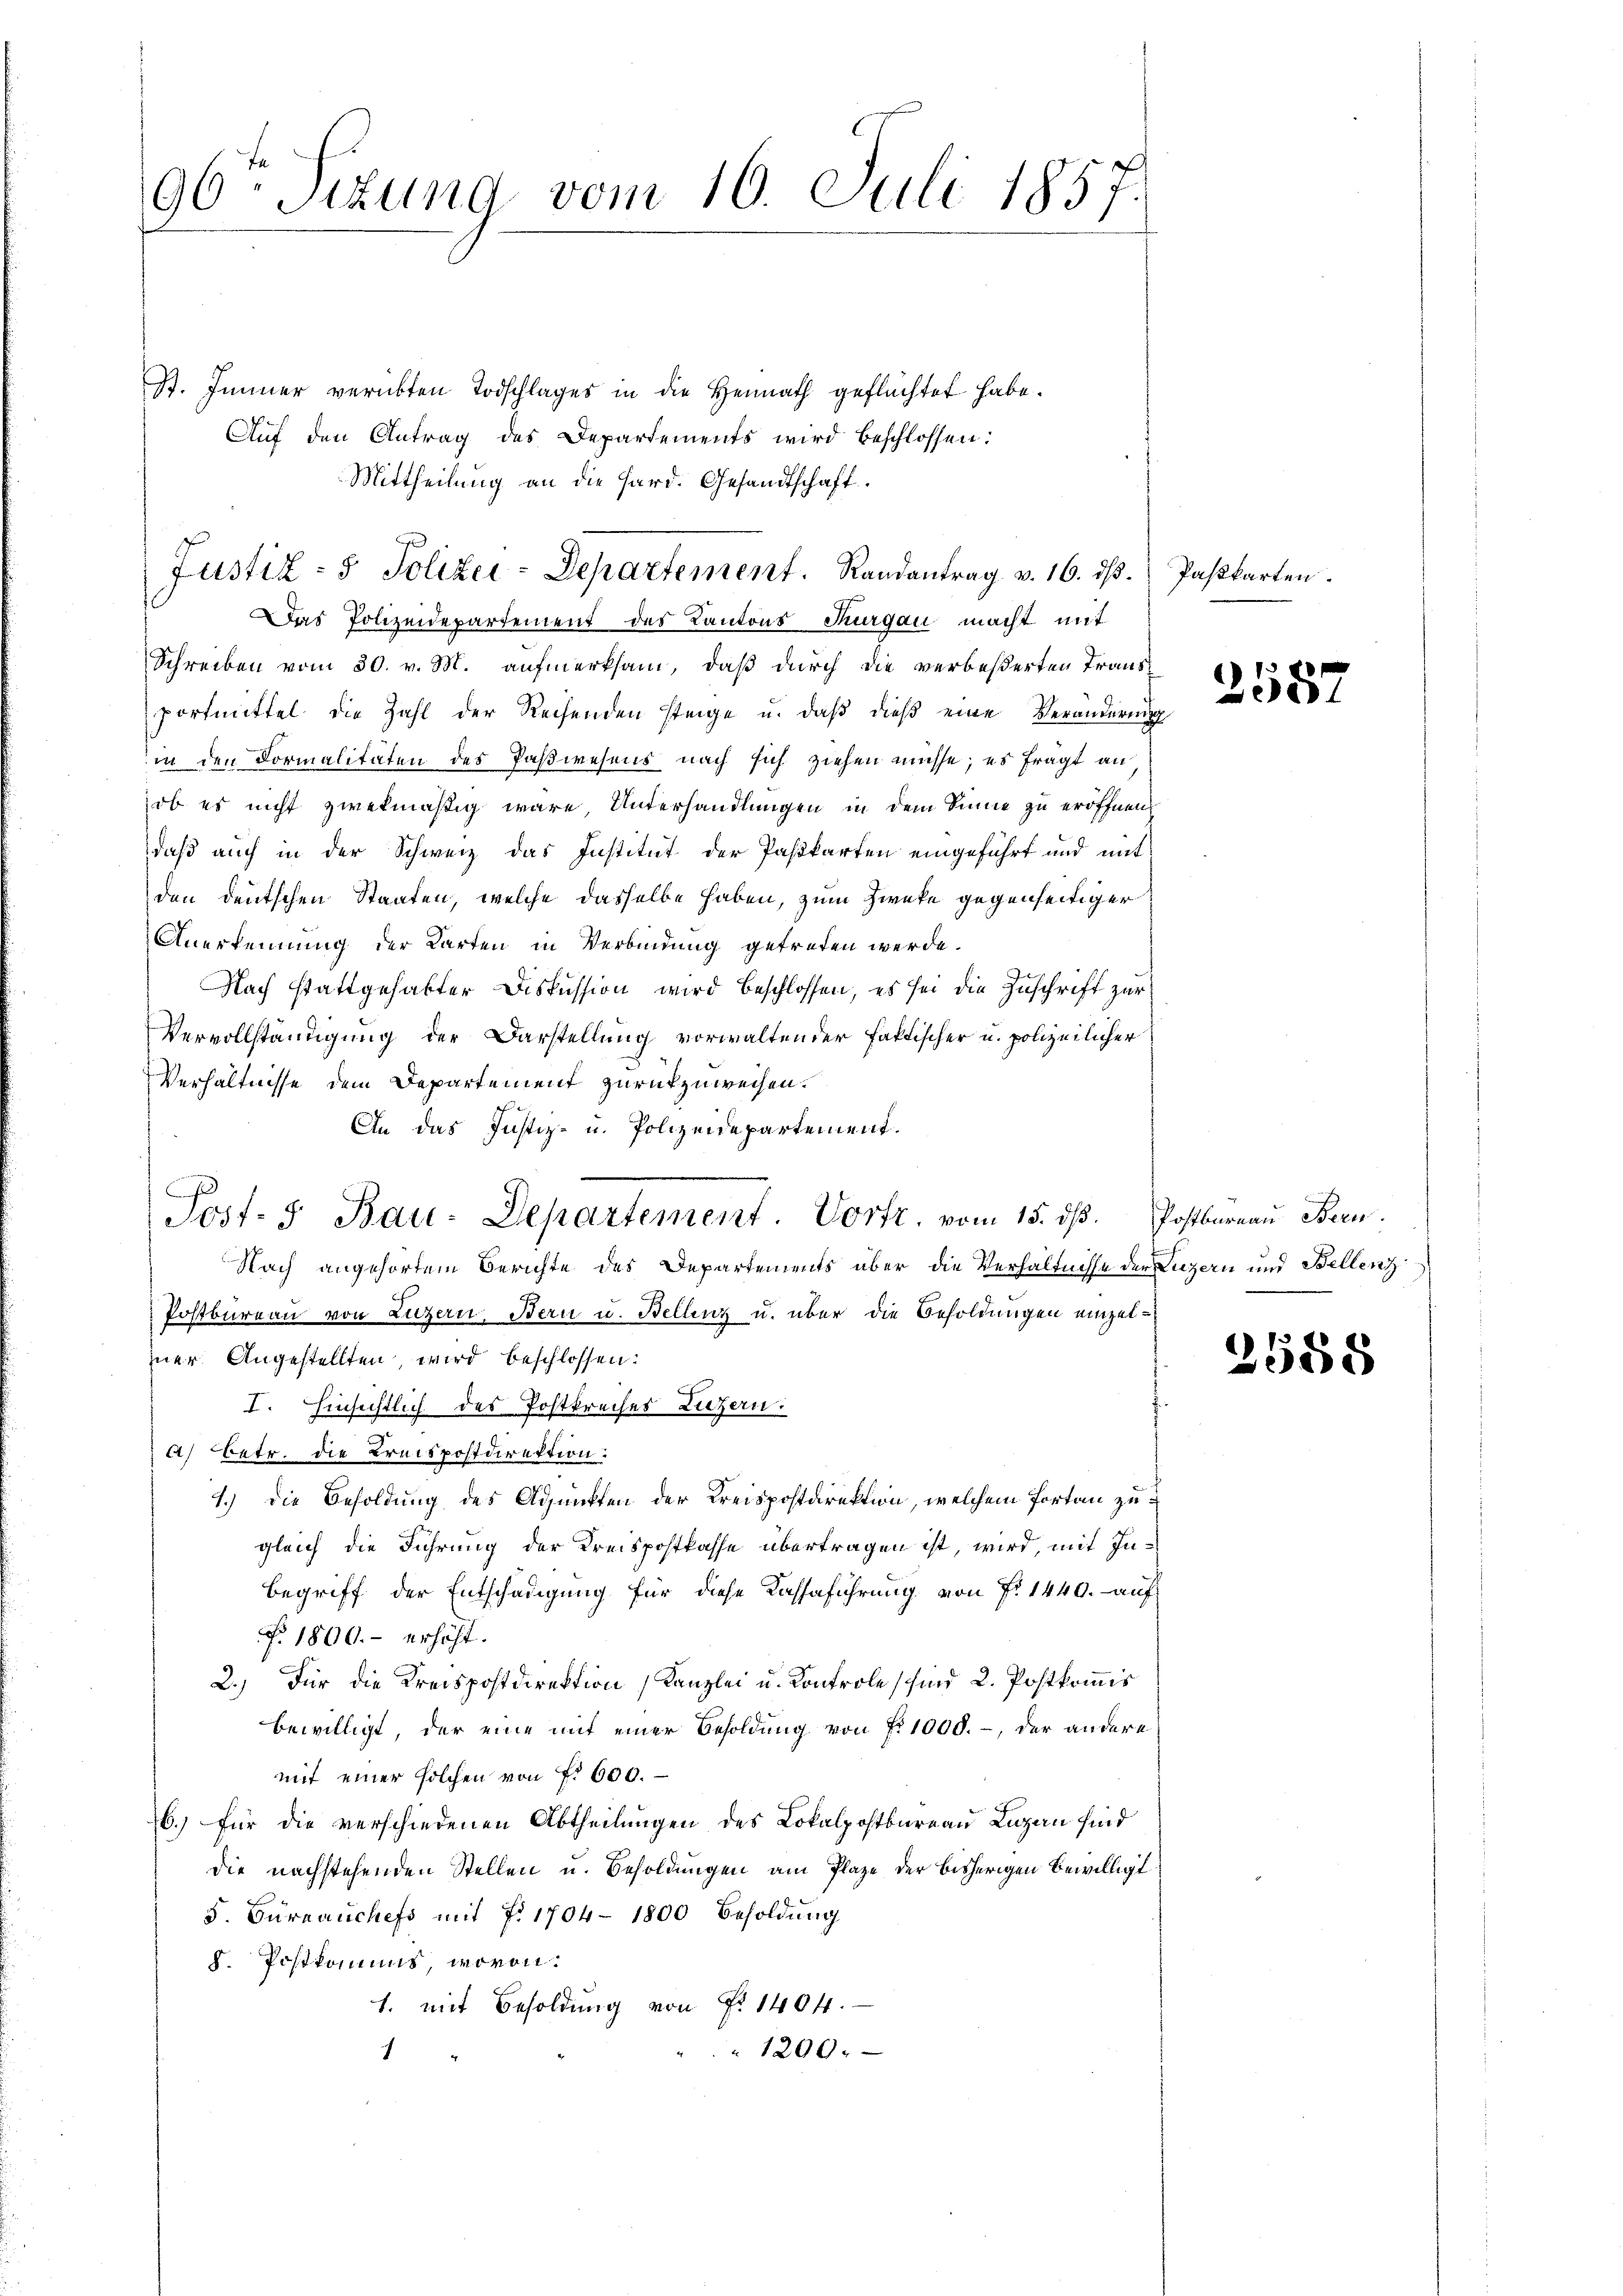
96ten Sitzung vom 10. Juli 1857.

St. Immer verübten Todschlages in die Heimath geflüchtet habe.
Aŭf den Antrag des Departements wird beschlossen:
Mittheilung an die Hard. Gesandtschaft.
Das Polizeidepartement des Kantons Thurgau macht mit
Schreiben vom 30. v. M. aufmerksam, daß durch die verbeßerten Transportmittel die Zahl der Reisenden steige u. daß dieß eine Veränderung
in den Formalitäten des Paßwesens nach sich ziehen müsse; es fragt an
ob es nicht zwekmäßig wäre, Unterhandlungen in dem Sinne zu eröffnen.
daß auch in der Schweiz das Institut der Paskarten eingeführt und mit
den deutschen Staaten, welche dasselbe haben, zum Zweke gegenseitiger
Anerkennung der Karten in Verbindung getreten werde.
Nach stattgehabter Diskussion wird beschlossen, es sei die Zuschrift zur
Vervollständigung der Darstellung vorwaltender faktischer u. polizeilicher
Verhältnisse dem Departement zurückzuweisen.
An das Justiz- u. Polizeidepartement.
Post- 5. Bau-Departement. Vortr. vom 15. dβ. Postbarnau Bern.
Nach angehörtem Berichte des Departements über die Verhältnisse der Luzern und Bellenz
Postbureau von Luzern, Bern u. Bellinz u. über die Besoldungen einzelner Angestellten, wird beschlossen:
I. Hinsichtlich des Postpreises Luzern.
a) Betr. die Kreispostdirektion:
1.) Die Besoldung des Adjunkten der Kreispostdirektion, welchem fortan zu
gleich die Führung der Kreispostkasse übertragen ist, wird, mit In¬
Begriff der Entschädigung für diese Kassaführung von Fr. 1440. auf
No. 1800.- erhöht.
2.) Für die Kreispostdirektion Kanzlei u. Kontrole sind 2. Postkommis
bewilligt, der eine mit einer Besoldung von Nr. 1000.-, der andere
mit einer solchen von Fr. 600.
b.) für die verschiedenen Abtheilungen des Lokalpostbureau Luzern sind
die nachstehenden Stellen u. Besoldungen am Plaze der bisherigen bewilligt
S. Büreaŭchefs mit Fr. 1704 - 1800 Besoldung
8. Postkommis, wovon
1. mit Besoldung von P. 1404.
" 1200.
1

Justiz- & Polizei-Departement. Randantrag v. 16. dβ. Passkarten.

2587

2588